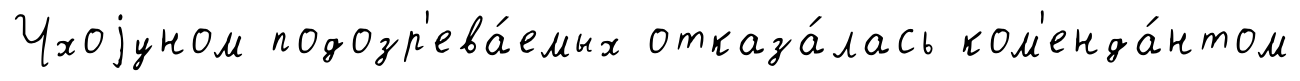
Чхоjуном подозр'ева́емых отказа́лась ком'енда́нтом